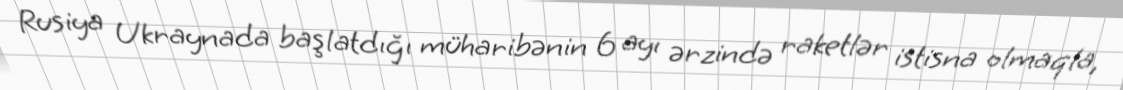
Rusiya Ukraynada başlatdığı müharibənin 6 ayı ərzində raketlər istisna olmaqla,